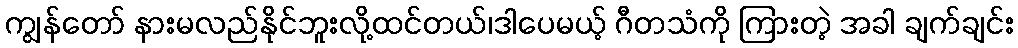
ကျွန်တော် နားမလည်နိုင်ဘူးလို့ထင်တယ်၊ဒါပေမယ့် ဂီတသံကို ကြားတဲ့ အခါ ချက်ချင်း